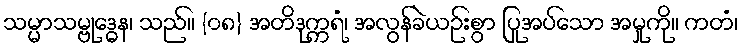
သမ္မာသမ္ဗုဒ္ဓေန၊ သည်။ {၀၈} အတိဒုက္ကရံ၊ အလွန်ခဲယဉ်းစွာ ပြုအပ်သော အမှုကို။ ကတံ၊